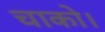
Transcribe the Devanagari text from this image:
चाको।